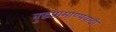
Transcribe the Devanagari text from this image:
बुद्धप्रामाण्यवादी